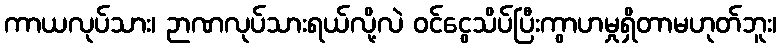
ကာယလုပ်သား၊ ဉာဏလုပ်သားရယ်လို့လဲ ဝင်ငွေသိပ်ပြီးကွာဟမှုရှိတာမဟုတ်ဘူး၊